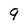
Character: 9